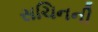
સચિનની